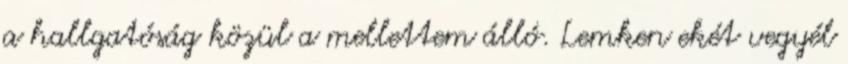
a hallgatóság közül a mellettem álló. Lemken ekét vegyél